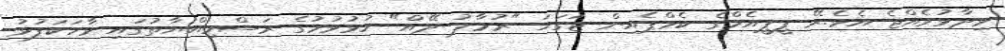
ވިދާޅުވެއްޖެ އެވެ.ރޭ ޕީޕީއެމްގެ ކެމްޕެއިން ޖަގަހަ "ރުމާލު ދޭއް" ހުޅުވުމުގެ ރަސްމިއްޔާތުގައި ވާހަކަފުޅު